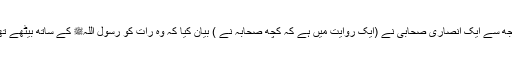
1495: سیدنا عبد اللہ بن عباسؓ کہتے ہیں کہ مجھ سے ایک انصاری صحابی نے (ایک روایت میں ہے کہ کچھ صحابہ نے ) بیان کیا کہ وہ رات کو رسول اللہﷺ کے ساتھ بیٹھے تھے کہ اتنے میں ایک ستارہ ٹوٹا اور بہت چمکا۔